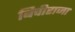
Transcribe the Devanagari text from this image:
बिचीराजा